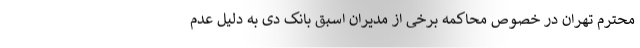
محترم تهران در خصوص محاکمه برخی از مدیران اسبق بانک دی به دلیل عدم